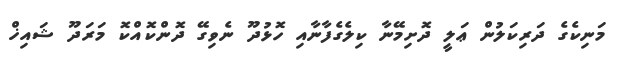
މަނިކެގެ ދަރިކަލުން ޢަލީ ދޮށިމޭނާ ކިލެގެފާނާއި ހޮޅުދޫ ނެވިގޭ ދޮންކޮއްކޮ މަރަދޫ ޝައިޚް